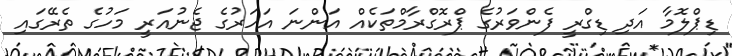
ޑިޕްލޮމާ އަދި ޑިގްރީ ފެންވަރުގެ ޕްރޮގްރާމްތަކެއް އަންނަ އަހަރުގެ ޖެނުއަރީ މަހުގެ ތެރޭގައި